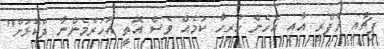
ޕިޗާއި ރެފްރީ އާއި އެހެން ހުރިހާ ކަމެއް ވެސް އޮތީ އަހަރެމެންނާ ދެކޮޅަށް"